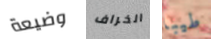
وضيعة الخراف طيبا